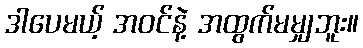
ဒါပေမယ့် အဝင်နဲ့ အထွက်မမျှဘူး။